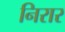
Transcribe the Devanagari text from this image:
निरार